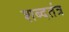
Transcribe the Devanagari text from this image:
शब्दतंत्र